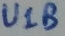
Text: U1B